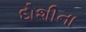
દોશીના